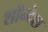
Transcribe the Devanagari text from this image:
शॉन्देश